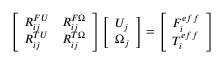
\left[ \begin{array} { l l } { R _ { i j } ^ { F U } } & { R _ { i j } ^ { F \Omega } } \\ { R _ { i j } ^ { T U } } & { R _ { i j } ^ { T \Omega } } \end{array} \right] \left[ \begin{array} { l } { U _ { j } } \\ { \Omega _ { j } } \end{array} \right] = \left[ \begin{array} { l } { F _ { i } ^ { e f f } } \\ { T _ { i } ^ { e f f } } \end{array} \right]